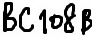
Text: BC108B